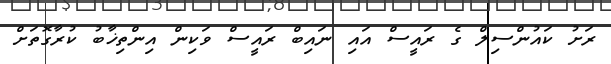
ރަށު ކައުންސިލް ގެ ރައީސް އައި ނައިބް ރައީސް ވަކިން އިންތިޚާބު ކުރާގޮތަށް